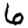
Digit: 6